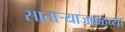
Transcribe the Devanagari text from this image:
साताऱ्याजवळच्या